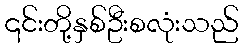
၎င်းတို့နှစ်ဦးစလုံးသည်